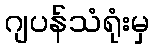
ဂျပန်သံရုံးမှ